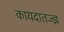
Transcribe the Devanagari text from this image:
कायदातज्ज्ञ